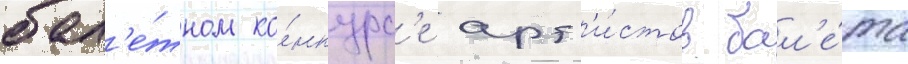
бал'е́тном ко́нкурс'е арт'и́стов бал'е́та